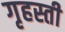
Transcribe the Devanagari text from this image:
गृहस्ती